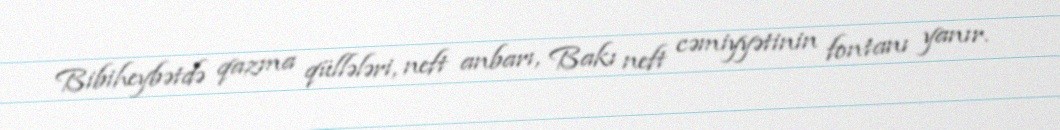
Bibiheybətdə qazma qüllələri, neft anbarı, Bakı neft cəmiyyətinin fontanı yanır.